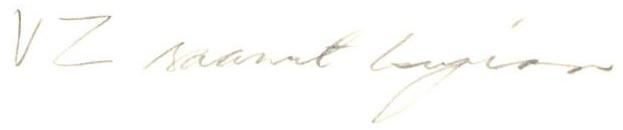
VZ saanut kopion